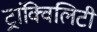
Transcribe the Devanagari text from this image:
ट्रांक्विलिटी